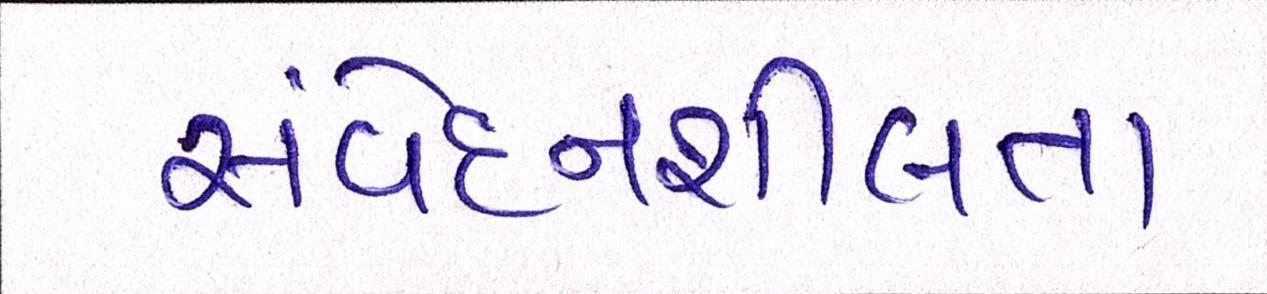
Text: સંવેદનશીલતા